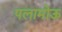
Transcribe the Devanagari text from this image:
पलामोऊ